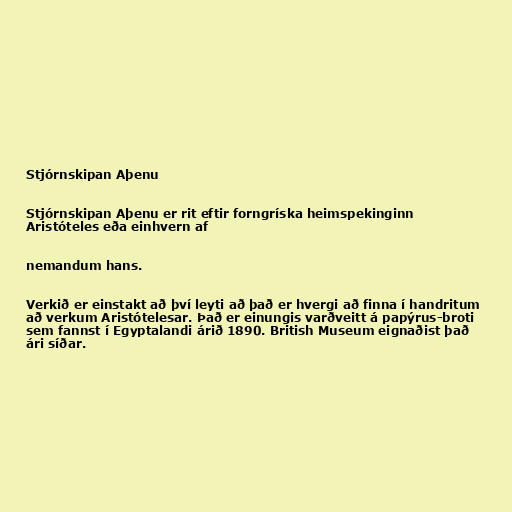
Stjórnskipan Aþenu

Stjórnskipan Aþenu er rit eftir forngríska heimspekinginn
Aristóteles eða einhvern af

nemandum hans.

Verkið er einstakt að því leyti að það er hvergi að finna í handritum
að verkum Aristótelesar. Það er einungis varðveitt á papýrus-broti
sem fannst í Egyptalandi árið 1890. British Museum eignaðist það
ári síðar.